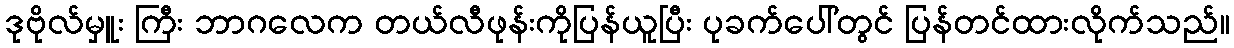
ဒုဗိုလ်မှူး ကြီး ဘာဂလေက တယ်လီဖုန်းကိုပြန်ယူပြီး ပုခက်ပေါ်တွင် ပြန်တင်ထားလိုက်သည်။